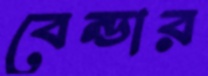
বেন্ডার